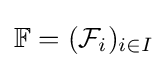
\mathbb {F} =({\mathcal {F}}_{i})_{i\in I}